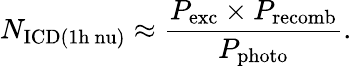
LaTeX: N_{\mathrm{ICD(1h\ nu)}}\approx\frac{P_{\mathrm{exc}}\times P_{\mathrm{recomb}}}{P_{\mathrm{photo}}}.